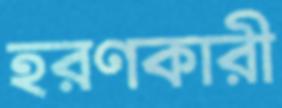
হরণকারী